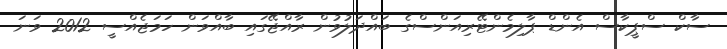
ސާކް ސްޕީކާސް އެންޑް ޕާލިމެންޓޭރިއަންސްގެ ބައްދަލުވުން ރާއްޖޭގައި ބާއްވަން ހަމަޖެއްސީ 2012 ވަނަ